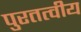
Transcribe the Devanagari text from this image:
पुरतत्वीय